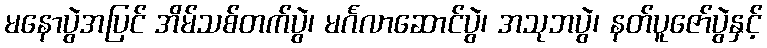
မနောပွဲအပြင် အိမ်သစ်တက်ပွဲ၊ မင်္ဂလာဆောင်ပွဲ၊ အသုဘပွဲ၊ နတ်ပူဇော်ပွဲနှင့်